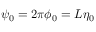
\psi _ { 0 } = 2 \pi \phi _ { 0 } = L \eta _ { 0 }